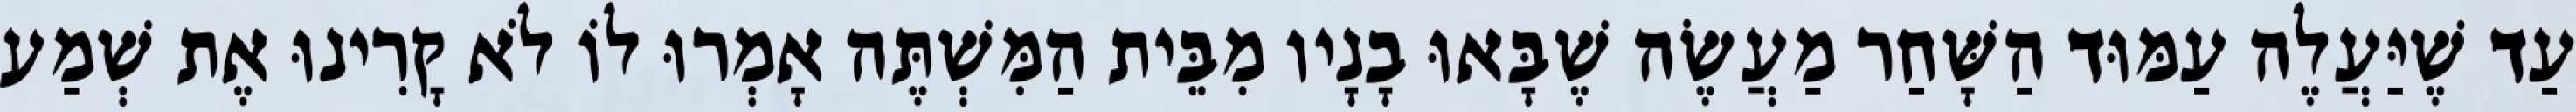
עַד שֶׁיַּעֲלֶה עַמּוּד הַשָּׁחַר מַעֲשֶׂה שֶׁבָּאוּ בָנָיו מִבֵּית הַמִּשְׁתֶּה אָמְרוּ לוֹ לֹא קָרִינוּ אֶת שְׁמַע